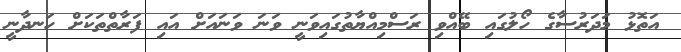
އަތޮޅު މަދަރުސާގެ ހޯލުގައި ބޭއްވި ރަސްމިއްޔާތުގައިވަނީ ވަނަ ވަނައަށް އައި ފަރާތްތަކަށް ހަނދާނީ